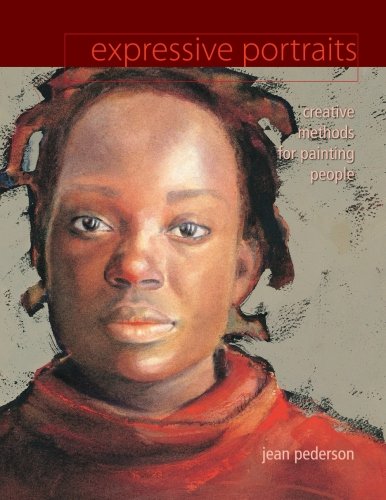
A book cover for Expressive Portraits: Watercolor and Mixed Media Techniques; Jean Pederson; Arts & Photography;